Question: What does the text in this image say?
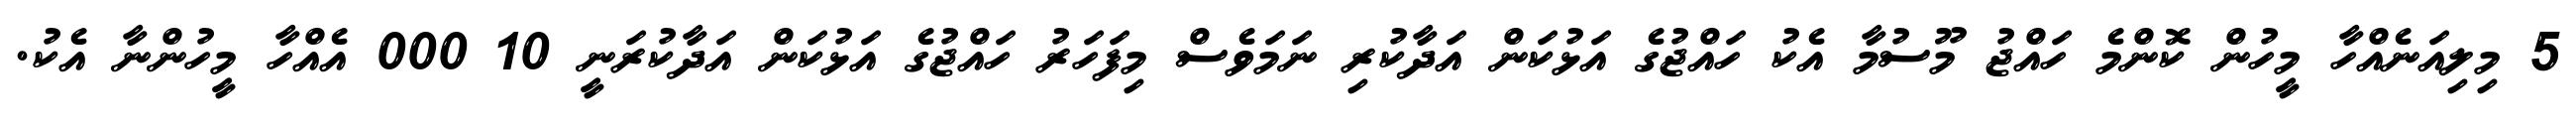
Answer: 5 މިލިއަނެއްހާ މީހުން ކޮންމެ ހައްޖު މޫސުމާ އެކު ހައްޖުގެ އަޅުކަން އަދާކުރި ނަމަވެސް މިފަހަރު ހައްޖުގެ އަޅުކަން އަދާކުރަނީ 10 000 އެއްހާ މީހުންނާ އެކު.